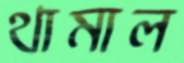
থামাল